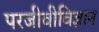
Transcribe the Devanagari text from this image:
परजीवीविज्ञान